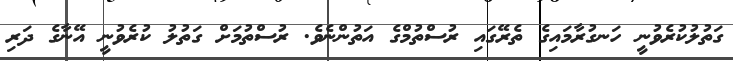
ގަތުލުކުރެވުނީ ހަނގުރާމައިގެ ތެރޭގައި ރުސްތުމްގެ އަތުންނެވެ. ރުސްތުމަށް ގަތުލު ކުރެވުނީ އޭނާގެ ދަރި